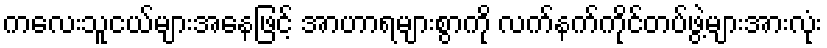
ကလေးသူငယ်များအနေဖြင့် အာဟာရများစွာကို လက်နက်ကိုင်တပ်ဖွဲ့များအားလုံး